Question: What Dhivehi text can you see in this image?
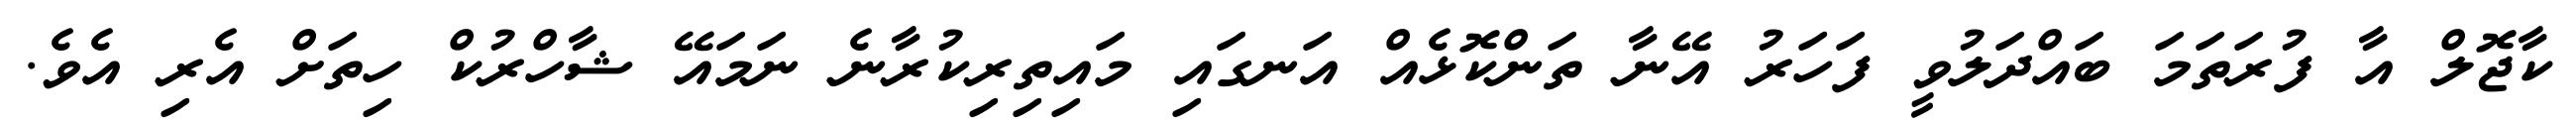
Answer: ކާޖޮލް އާ ފުރަތަމަ ބައްދަލުވީ ފަހަރު އޭނާ ތަންކޮޅެއް އަނގައި މައިތިރިކުރާނެ ނަމައޭ ޝާހްރުކް ހިތަށް އެރި އެވެ.